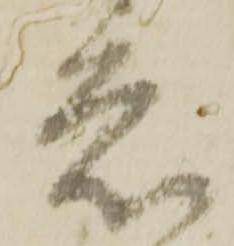
者